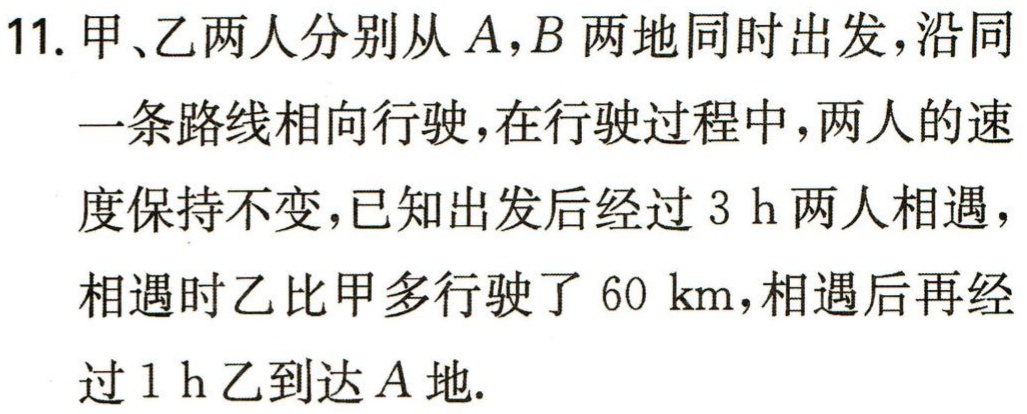
11. 甲、乙两人分别从\(A,B\)两地同时出发，沿同一条路线相向行驶，在行驶过程中，两人的速度保持不变，已知出发后经过\(3\ h\)两人相遇，相遇时乙比甲多行驶了\(60\ km\)，相遇后再经过\(1\ h\)乙到达\(A\)地.